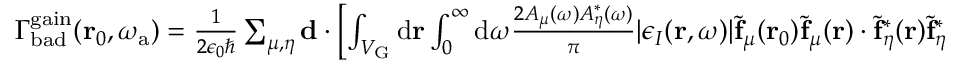
\begin{array} { r } { \Gamma _ { \mathrm { b a d } } ^ { \mathrm { g a i n } } ( \mathbf { r } _ { 0 } , \omega _ { \mathrm { a } } ) = \frac { 1 } { 2 \epsilon _ { 0 } \hbar } \sum _ { \mu , \eta } \mathbf { d } \cdot \left[ \int _ { V _ { \mathrm { G } } } { \mathrm d } { \bf r } \int _ { 0 } ^ { \infty } { \mathrm d } \omega \frac { 2 A _ { \mu } ( \omega ) A _ { \eta } ^ { * } ( \omega ) } { \pi } | \epsilon _ { I } ( \mathbf { r } , \omega ) | \tilde { \mathbf { f } } _ { \mu } ( \mathbf { r } _ { 0 } ) \tilde { \mathbf { f } } _ { \mu } ( \mathbf { r } ) \cdot \tilde { \mathbf { f } } _ { \eta } ^ { * } ( \mathbf { r } ) \tilde { \mathbf { f } } _ { \eta } ^ { * } ( \mathbf { r } _ { 0 } ) \right] \cdot \mathbf { d } \frac { i ( \omega _ { \mu } - \omega _ { \eta } ) + ( \gamma _ { \mu } + \gamma _ { \eta } ) } { ( \Delta _ { \mu a } - i \gamma _ { \mu } ) ( \Delta _ { \eta a } + i \gamma _ { \eta } ) } . } \end{array}